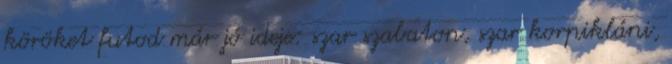
köröket futod már jó ideje: szar szabaton, szar korpikláni,